Dysentery and liver abscess in Bombay - Number 47
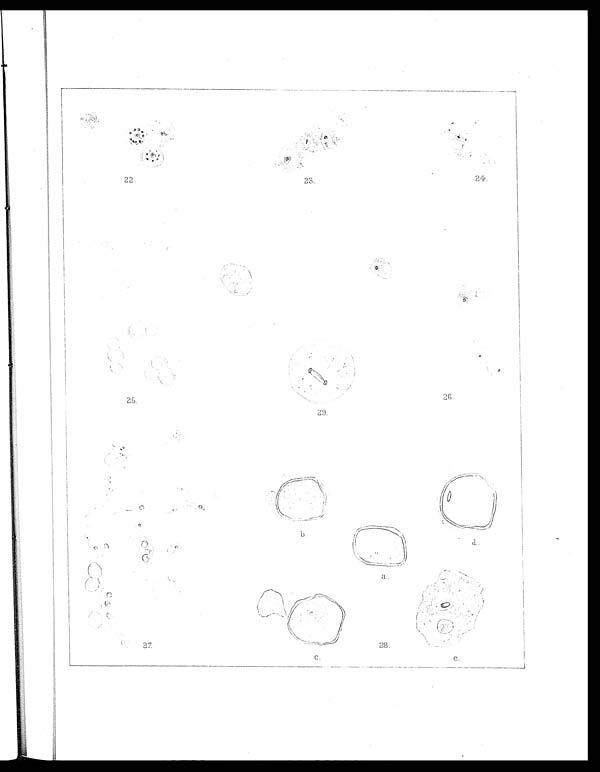
23.
24.
22.
25.
26.
29.
27.
28.